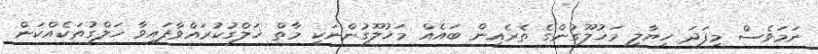
ނަމަވެސް މިފަދަ ހިޔާލީ މަޚުލޫގުންގެ ތެރެއިން ބައެއް މަޚުލޫގުންނަކީ މާތް ޚަލްގުކުރައްވާފައިވާ ޚަލްގުތަކެއްކަން